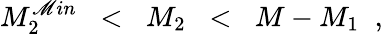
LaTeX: M_{2}^{\mathscr{M}in}\; \; <\; \; M_{2}\; \; <\; \; M-M_{1}\; \; ,